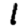
Digit: 1